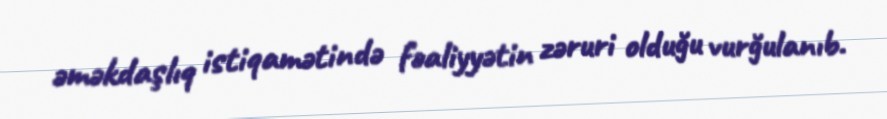
əməkdaşlıq istiqamətində fəaliyyətin zəruri olduğu vurğulanıb.